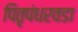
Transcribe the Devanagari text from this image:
पितृपंधरवडा